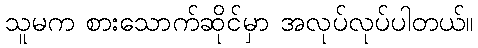
သူမက စားသောက်ဆိုင်မှာ အလုပ်လုပ်ပါတယ်။